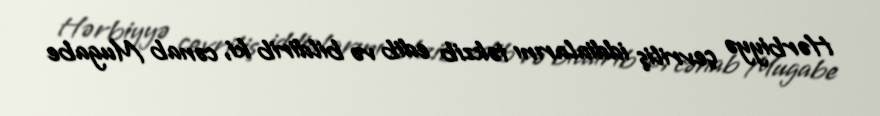
Hərbiyyə çevriliş iddialarını təkzib edib və bildirib ki, cənab Mugabe